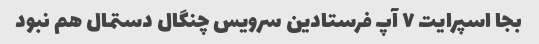
بجا اسپرایت ٧ آپ فرستادین سرویس چنگال دستمال هم نبود